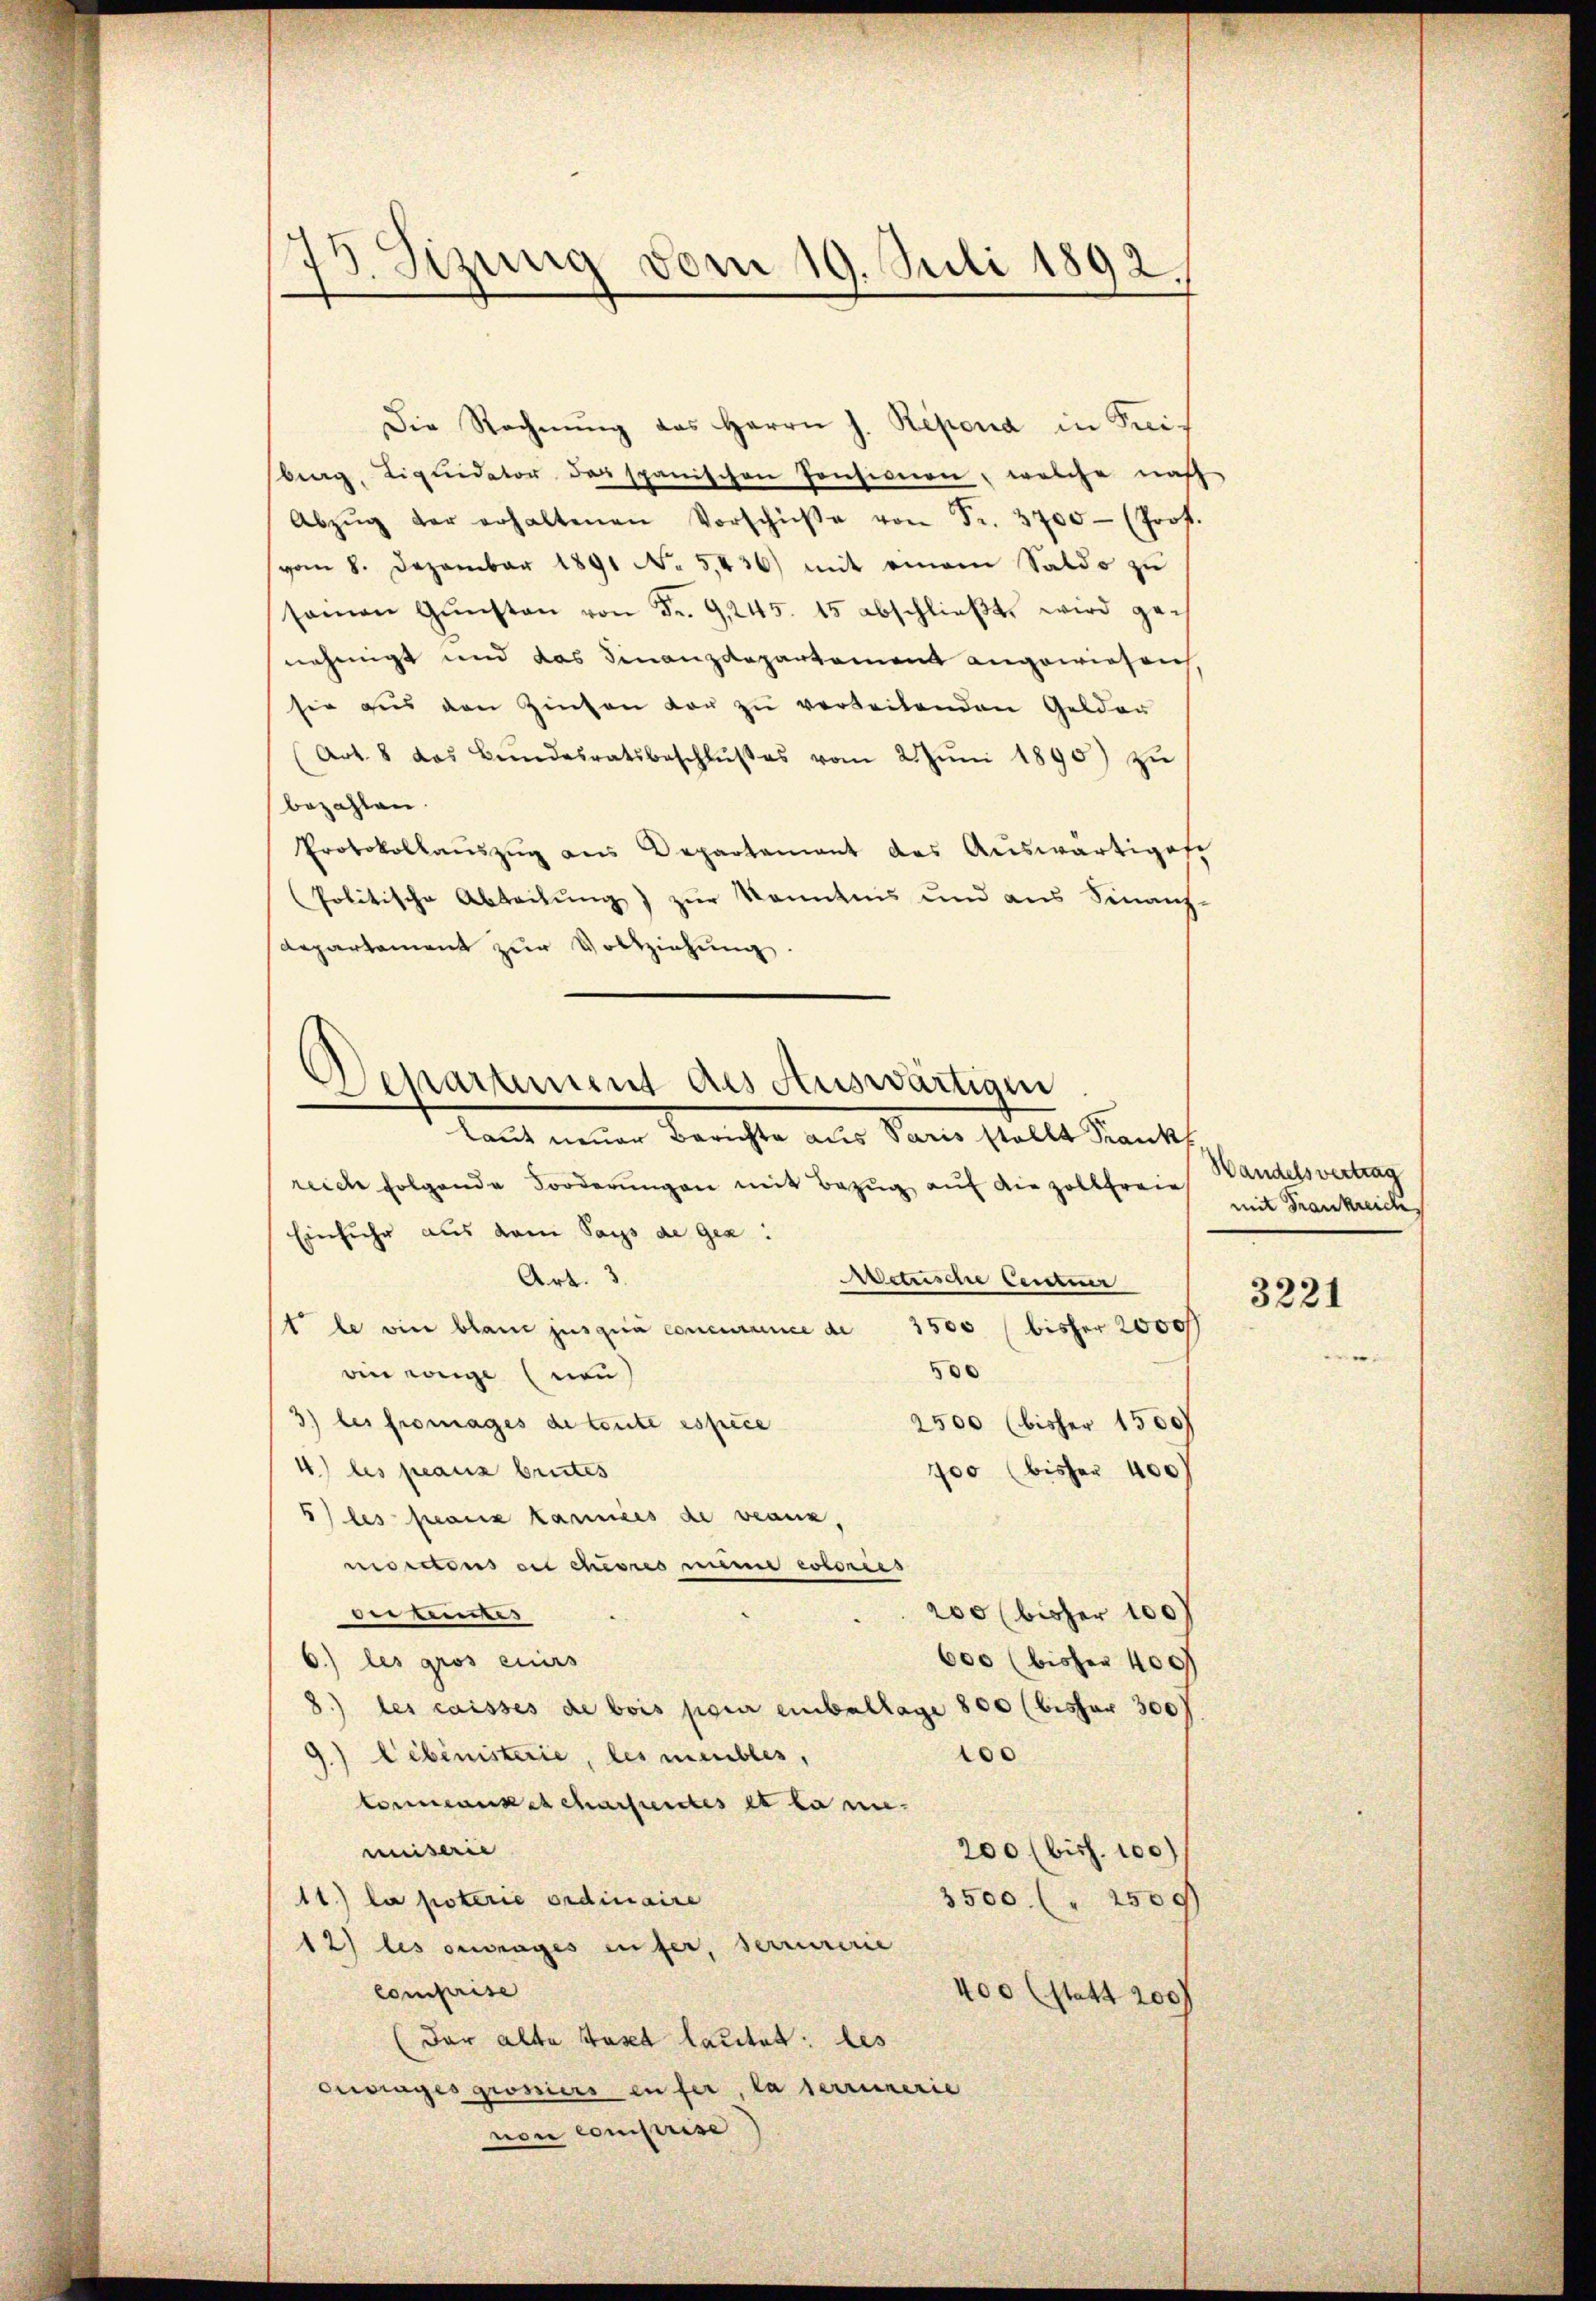
.
J.Sizung vom 19. Juli 1892.

Die Rechnŭng des Herrn J. Repona in Kreis
berg, Liquidator das spanischen Consision, welche nach
Abzŭg der erhaltenen Vorschŭβe von Fr. 3700- (Prof.
vom 8. Dezember 1891 No 5,436) mit einem Saldo zu
samen Gŭnsten von Fr. 9245. 15 abschlieβt, wird ge-
nehmigt und das Finanzdepartement angewiesen
sie aus den Zinsen vor zu verteilenden Gelder
(Art. 8 das Bŭndesratsbeschlŭβes vom 2. Jŭni 1890) zŭ
bezahlen.
Protokollaŭszŭg ans Departement des Auswärtiges
Politische Abteilŭng zŭr Kenntnis und aus Finanz-
departament zur Vollziehung.
Laut neuer Berichte aus Paris stellt Frank
reich folgende Forderŭngen mit Bezŭg aŭf die zollfreie
Einfuhr aus dem Sachs de gea
Art. 3.
Aetrische Centner
t le vier blaue jusquia concurance de 3500 (bisher 2000f
500
ein wenige neu
3) des fromages de toute espèce
2500 (bisher 15000
4) les franz brites
700 (bisher 400
5) les franz kanntes de beanz,
norctous ou cheores mine colonies
derkennes
200 (bisher 100
6.) les gros eines
600 (bisher 400f
8.) les caisses de bois pour einballage 800 (bisher 300
 Cebinisterie, les meubles,
100
tenmanketcharfaites et la nie.
miserie
200 (biss. 100)
11.) la poterie ordinaire
3500 (" 2500
12) les ouvrages aufer, serreirerie
comprise
400 (statt 200
(der alte Hasel lautet: les
ouvrages grossiers enfer, la serreinerie
non comprise

eparament des Auswärtige

Wandelsvertrag
mit Frankreic

3221